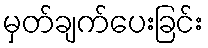
မှတ်ချက်ပေးခြင်း